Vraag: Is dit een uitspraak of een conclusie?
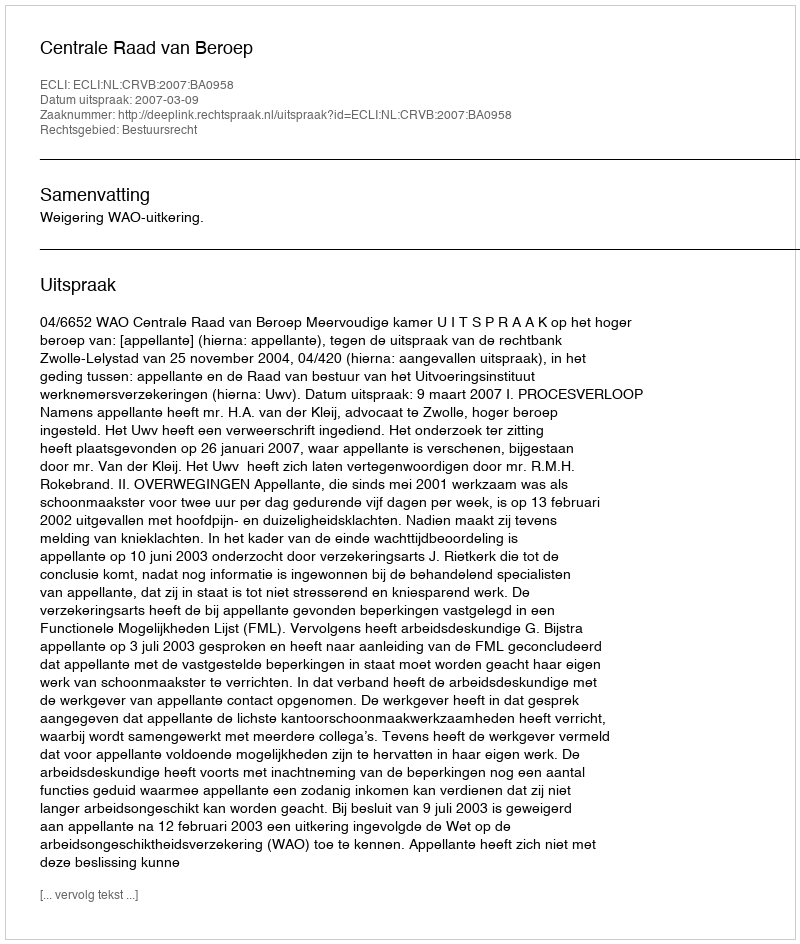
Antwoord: Uitspraak